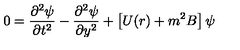
0 = { \frac { \partial ^ { 2 } \psi } { \partial t ^ { 2 } } } - { \frac { \partial ^ { 2 } \psi } { \partial y ^ { 2 } } } + \left[ U ( r ) + m ^ { 2 } B \right] \psi